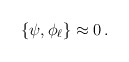
\begin{align*}\left\{\psi,\phi_\ell\right\}\approx 0\,.\end{align*}